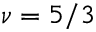
\nu = 5 / 3